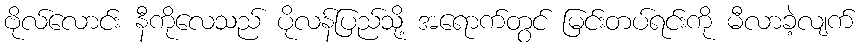
ဗိုလ်လောင်း နီကိုလေသည် ပိုလန်ပြည်သို့ အရောက်တွင် မြင်းတပ်ရင်းကို မီလာခဲ့လျက်